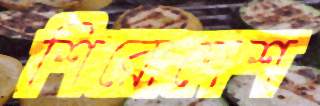
শিরোদেশ